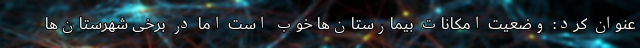
عنوان کرد: وضعیت امکانات بیمارستان‌ها خوب است اما در برخی شهرستان‌ها